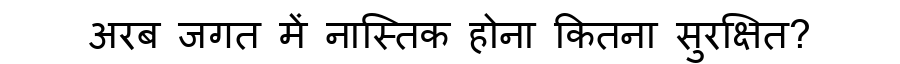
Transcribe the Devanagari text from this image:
अरब जगत में नास्तिक होना कितना सुरक्षित?